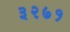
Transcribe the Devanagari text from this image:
३२७१